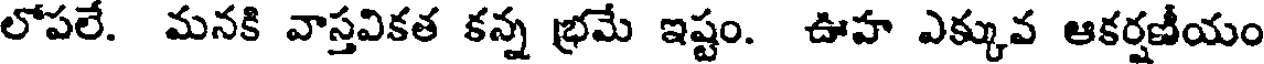
లోపలే. మనకి వాస్తవికత కన్న భ్రమే ఇష్టం. ఊహ ఎక్కువ ఆకర్షణీయం